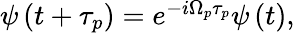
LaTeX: \begin{array}{r}{\psi\left(t+\tau_{p}\right)=e^{-i{\Omega}_{p}\tau_{p}}\psi\left(t\right),}\end{array}